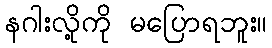
နဂါးလို့ကို မပြောရဘူး။